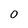
Character: 0